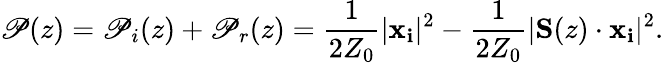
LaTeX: \mathscr{P}(z)=\mathscr{P}_{i}(z)+\mathscr{P}_{r}(z)=\frac{1}{2Z_{0}}|\mathbf{x_{i}}|^{2}-\frac{1}{2Z_{0}}|\mathbf{S}(z)\cdot\mathbf{x_{i}}|^{2}.